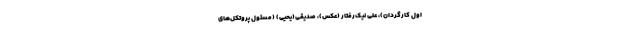
اول کارگردان)، علی نیک‌رفتار (عکس)، صدیقی(یحیی) (مسئول پروتکل‌های